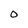
Character: 0